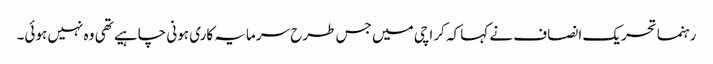
رہنما تحریک انصاف نے کہا کہ کراچی میں جس طرح سرمایہ کاری ہونی چاہیے تھی وہ نہیں ہوئی۔